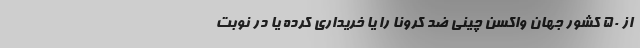
از ۵۰ کشور جهان واکسن چینی ضد کرونا را یا خریداری کرده یا در نوبت